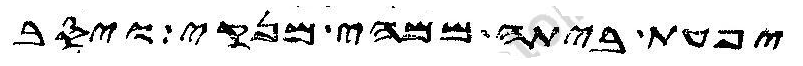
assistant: יפעת ביתה ממהי מנקי ויסב